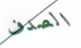
الصدف